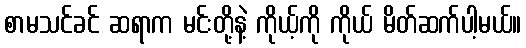
စာမသင်ခင် ဆရာက မင်းတို့နဲ့ ကိုယ့်ကို ကိုယ် မိတ်ဆက်ပါ့မယ်။